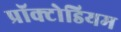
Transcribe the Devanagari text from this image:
प्रॉक्टोडियम